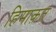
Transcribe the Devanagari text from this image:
हिमाक़त